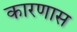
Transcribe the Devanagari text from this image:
कारणास